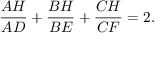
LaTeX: { \frac { A H } { A D } } + { \frac { B H } { B E } } + { \frac { C H } { C F } } = 2 .